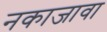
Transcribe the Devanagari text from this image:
नकाजावा